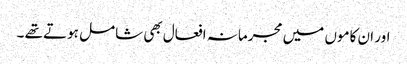
اور ان کاموں میں مجرمانہ افعال بھی شامل ہوتے تھے ۔